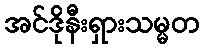
အင်ဒိုနီးရှားသမ္မတ